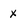
Character: X